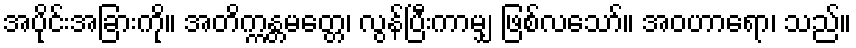
အပိုင်းအခြားကို။ အတိက္ကန္တမတ္တေ၊ လွန်ပြီးကာမျှ ဖြစ်လသော်။ အဝဟာရော၊ သည်။